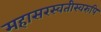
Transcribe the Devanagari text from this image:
महासरस्वतीस्वरुपि